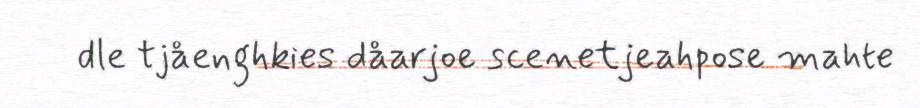
dle tjåenghkies dåarjoe scenetjeahpose mahte